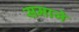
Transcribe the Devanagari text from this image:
समाजे